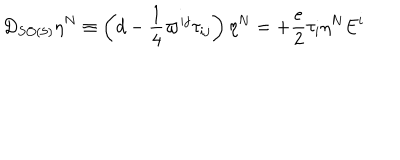
LaTeX: D _ { S O ( 5 ) } \eta ^ { N } \equiv \left( d - \frac { 1 } { 4 } \varpi ^ { i j } \tau _ { i j } \right) \eta ^ { N } = + \frac { e } { 2 } \tau _ { i } \eta ^ { N } E ^ { i }